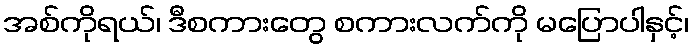
အစ်ကိုရယ်၊ ဒီစကားတွေ စကားလက်ကို မပြောပါနှင့်၊